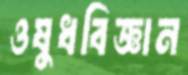
ওষুধবিজ্ঞান